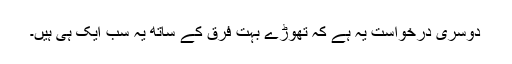
دوسری درخواست یہ ہے کہ تھوڑے بہت فرق کے ساتھ یہ سب ایک ہی ہیں۔